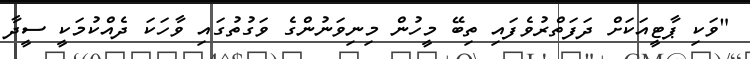
"ވަކި ޕާޓީއަކަށް ދަފަތްރުވެފައި ތިބޭ މީހުން މިނިވަނުންގެ ވަގުތުގައި ވާހަކަ ދެއްކުމަކީ ސީދާ